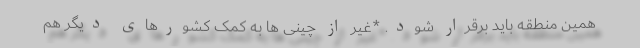
همین منطقه باید برقرار شود. *غیر از چینی ها به کمک کشورهای دیگر هم